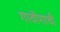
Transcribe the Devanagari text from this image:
गावॊगावी